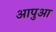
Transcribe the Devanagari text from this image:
आपुआ